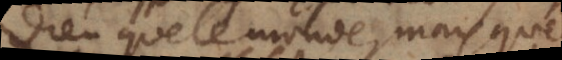
que le monde, mais que